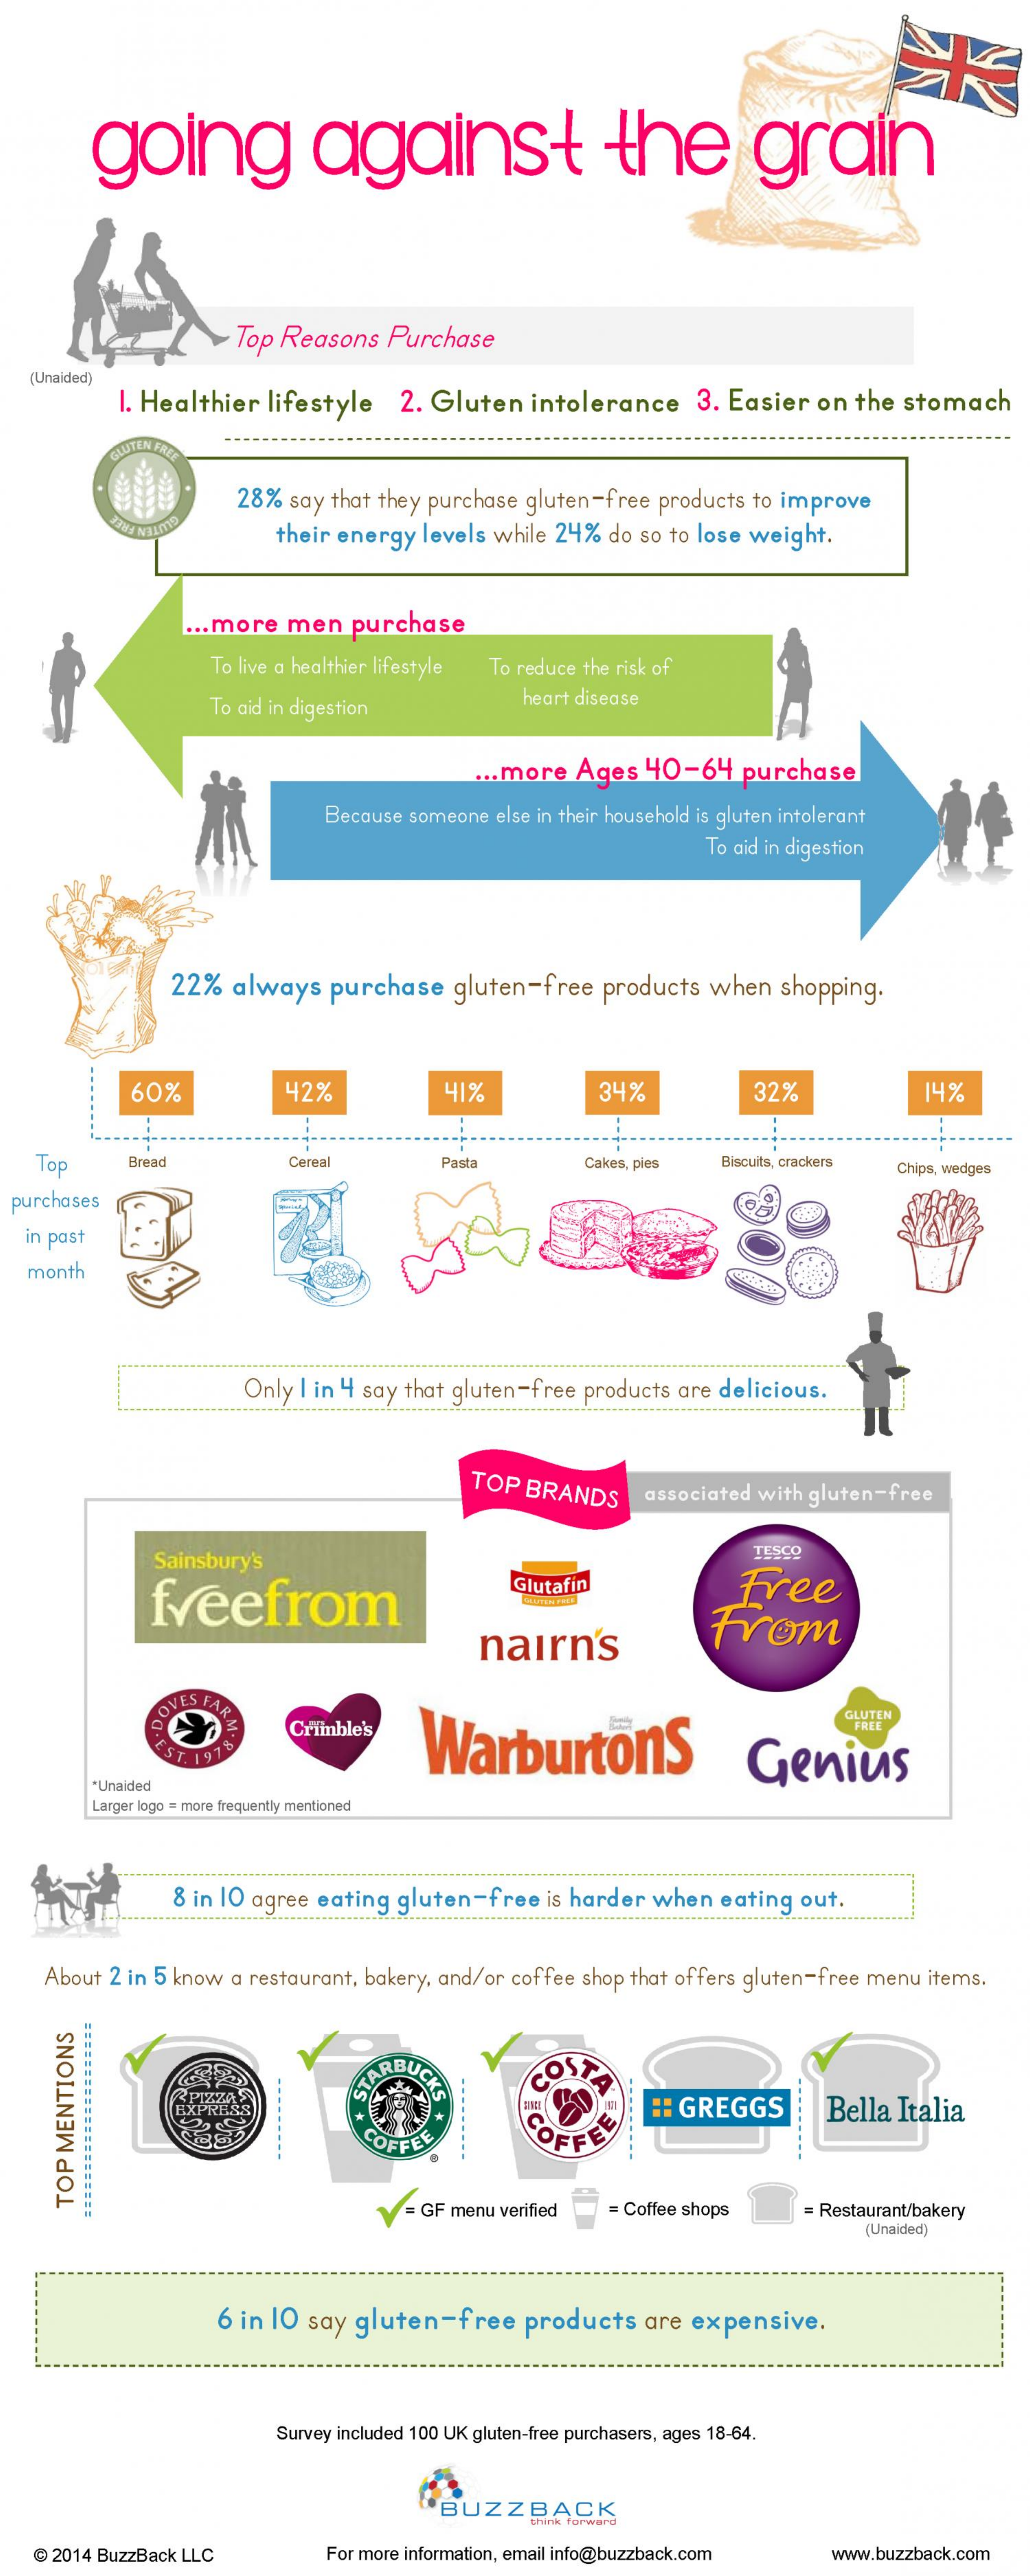
going    against    the    grain
     Top Reasons Purchase
   (Unaided)
     I. Healthier lifestyle 2. Gluten  intolerance   3. Easier on  the stomach
     GLUTEN FRIT
     28% say that they purchase gluten-free products to improve
     GLUTEN FREE their energy levels while 24% do so to lose weight.
     ... more men purchase
     To live a healthier lifestyle To reduce the risk of
     To aid in digestion    heart disease
     ... more Ages 40-64   purchase
     Because someone else in their household is gluten intolerant
     To aid in digestion
     22% always  purchase   gluten-free products when  shopping.
     60%    42%    41%    34%    32%    14%
   Top    Bread    Cereal    Pasta    Cakes, pies Biscuits, crackers Chips, wedges
  purchases
  in past
   month
     Only I in 4 say that gluten-free products are delicious.
     TOP BRANDS    associated with gluten-free
     Sainsbury's
     TESCO
     freefrom
     Glutafin    Free
     naIrn's    From
     VES FARLE    GLUTEN
     EST. 1978
     Crimble's
     Warburtons    Genius
     *Unaided
     Larger logo = more frequently mentioned
     8 in 10 agree eating gluten-free is harder when eating out.
    About 2 in 5 know a restaurant, bakery, and/or coffee shop that offers gluten-free menu items.
     ARBUG    COSA
     COFFEE
     :: GREGGS    Bella Italia
     V = GF menu verified = Coffee shops = Restaurant/bakery
     TOP
     MENTIONS
     (Unaided)
     6 in IO say gluten-free   products  are expensive.
     Survey included 100 UK gluten-free purchasers, ages 18-64.
     BUZZBACK
     think forward
   @ 2014 BuzzBack LLC    For more information, email info@buzzback.com www.buzzback.com